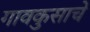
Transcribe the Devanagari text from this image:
गावकुसाचे